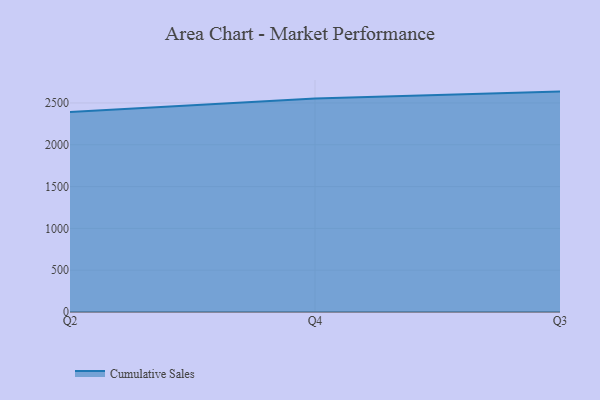
{"axis": {"x": "Quarter", "y": "Latency (ms)"}, "legend": ["Cumulative Sales"], "data": [{"x": "Q2", "y": 2390.9, "type": "Cumulative Sales"}, {"x": "Q4", "y": 2554.3, "type": "Cumulative Sales"}, {"x": "Q3", "y": 2636.1, "type": "Cumulative Sales"}]}